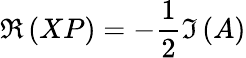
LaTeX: \Re\left(XP\right)=-\frac{1}{2}\Im\left(A\right)